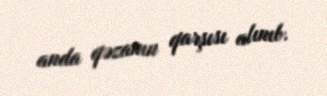
anda qəzanın qarşısı alınıb.